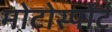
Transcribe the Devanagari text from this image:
मोटोर्स्पोर्ट